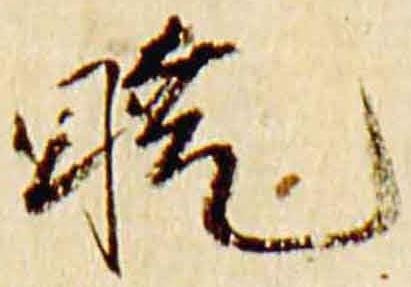
暁